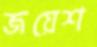
জয়েশ